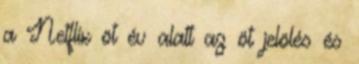
a Netflix öt év alatt az öt jelölés és